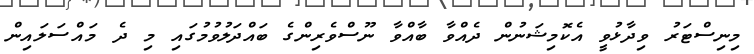
މިނިސްޓަރު ވިދާޅުވީ އެކޮމިޝަނުން ދެއްވާ ބާއްވާ ނޫސްވެރިންގެ ބައްދަލުވުމުގައި މި ދެ މައްސަލައިން